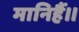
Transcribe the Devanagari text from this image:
मानिहैं।।